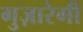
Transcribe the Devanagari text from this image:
गुज़ारेगी